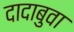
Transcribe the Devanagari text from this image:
दादाबुवा